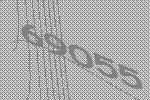
69055